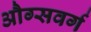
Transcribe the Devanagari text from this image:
औग्सवर्ग